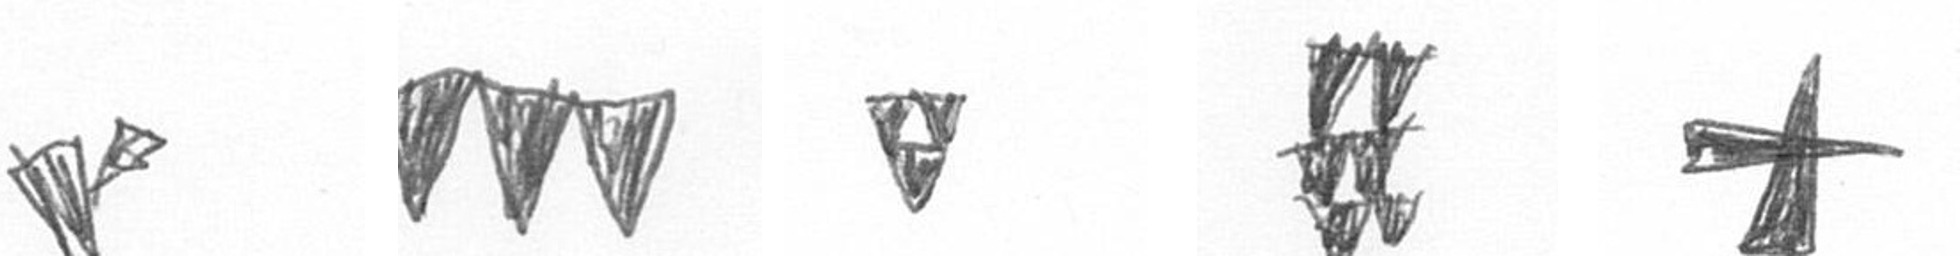
F L S Y G